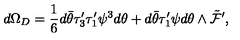
d \Omega _ { D } = \frac { 1 } { 6 } d \bar { \theta } \tau _ { 3 } ^ { \prime } \tau _ { 1 } ^ { \prime } \psi ^ { 3 } d \theta + d \bar { \theta } \tau _ { 1 } ^ { \prime } \psi d \theta \wedge \tilde { \cal F } ^ { \prime } ,